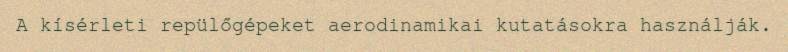
A kísérleti repülőgépeket aerodinamikai kutatásokra használják.